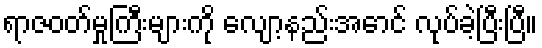
ရာဇဝတ်မှုကြီးများကို လျော့နည်းအောင် လုပ်ခဲ့ပြီးပြီ။